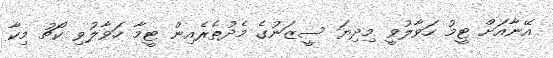
އޭނާއަށް ޓީމު ހަވާލުވީ މިދިޔަ ސީޒަނުގެ މެދުތެރެއިން ޓީމާ ހަވާލުވި ކޯޗު މިކާ